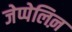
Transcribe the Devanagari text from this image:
जेप्पेलिऩ